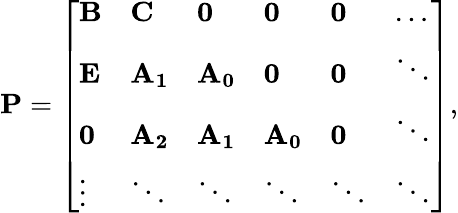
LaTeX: \mathbf{P}=\left[\begin{array}{llllll}{\mathbf{B}}&{\mathbf{C}}&{\mathbf{0}}&{\mathbf{0}}&{\mathbf{0}}&{\ldots}\\ {\mathbf{E}}&{\mathbf{A_{1}}}&{\mathbf{A_{0}}}&{\mathbf{0}}&{\mathbf{0}}&{\ddots}\\ {\mathbf{0}}&{\mathbf{A_{2}}}&{\mathbf{A_{1}}}&{\mathbf{A_{0}}}&{\mathbf{0}}&{\ddots}\\ {\vdots}&{\ddots}&{\ddots}&{\ddots}&{\ddots}&{\ddots}\end{array}\right],